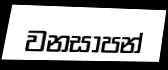
වනසාපන්